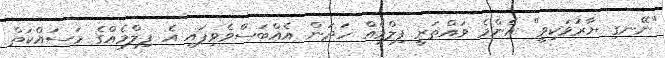
"ނޭނގި ޔާރުވަކިވީ" އެންމެ ވައްތަރީ ފިލްމެއް ހަދަން އެއްބަސްވެވިފައި އެ ފިލްމެއްގެ މަސައްކަތް